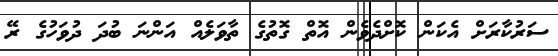
ސަރުކާރަށް އެކަން ކޮށްދެވެން އޮތް ގޮތުގެ ތާވަލެއް އަންނަ ބުދަ ދުވަހުގެ ރޭ